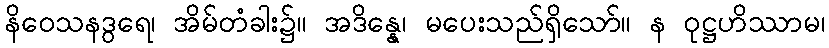
နိဝေသနဒွရေ၊ အိမ်တံခါး၌။ အဒိန္နေ၊ မပေးသည်ရှိသော်။ န ဝုဋ္ဌဟိဿာမ၊